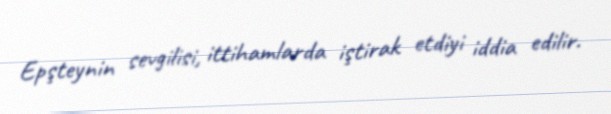
Epşteynin sevgilisi, ittihamlarda iştirak etdiyi iddia edilir.